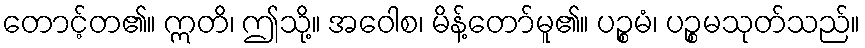
တောင့်တ၏။ ဣတိ၊ ဤသို့။ အဝေါစ၊ မိန့်တော်မူ၏။ ပဉ္စမံ၊ ပဉ္စမသုတ်သည်။